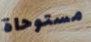
مستوحاة